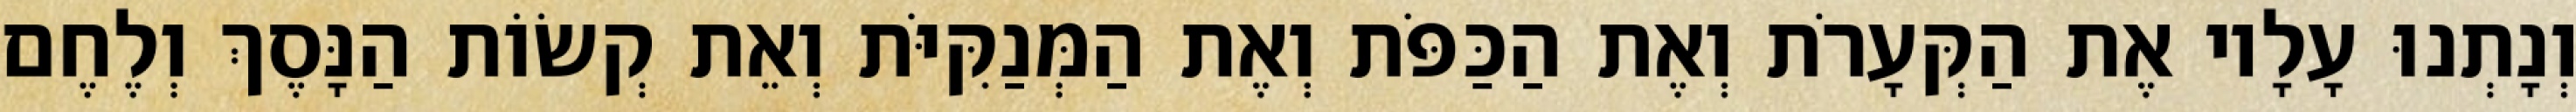
וְנָתְנוּ עָלָיו אֶת הַקְּעָרֹת וְאֶת הַכַּפֹּת וְאֶת הַמְּנַקִּיֹּת וְאֵת קְשׂוֹת הַנָּסֶךְ וְלֶחֶם